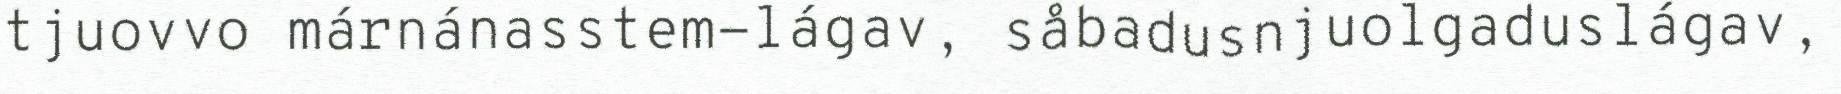
tjuovvo márnánasstem-lágav, såbadusnjuolgaduslágav,